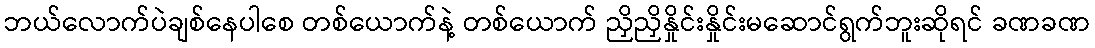
ဘယ်လောက်ပဲချစ်နေပါစေ တစ်ယောက်နဲ့ တစ်ယောက် ညှိညှိနှိုင်းနှိုင်းမဆောင်ရွက်ဘူးဆိုရင် ခဏခဏ